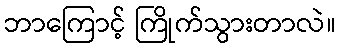
ဘာကြောင့် ကြိုက်သွားတာလဲ။